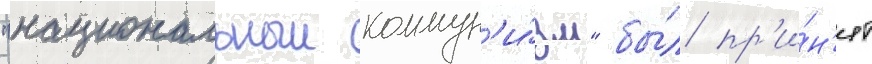
"национальныи коммун'и́зм" бы́л пр'и́н'ят